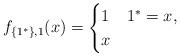
LaTeX: \begin{align*}f_{\{1^*\},1}(x)=\begin{cases}1 & 1^*=x,\\x & \end{cases}\end{align*}